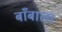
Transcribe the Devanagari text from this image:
बाँबाला